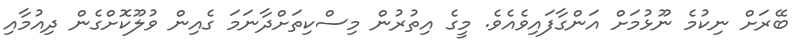
ބޭރަށް ނިކުމެ ނޫޅުމަށް އަންގާފައިވެއެވެ. މީގެ އިތުރުން މިސްކިތަށްދާނަމަ ގެއިން ވުލޫކޮށްގެން ދިއުމާއި